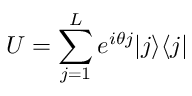
U = \sum _ { j = 1 } ^ { L } e ^ { i \theta j } | j \rangle \langle j |